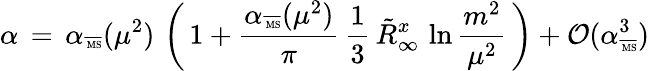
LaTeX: \alpha\, =\, \alpha_{\overline{{{\mathrm{\tiny~MS}}}}}(\mu^{2})\, \left(\, 1+\frac{\alpha_{\overline{{{\mathrm{\tiny~MS}}}}}(\mu^{2})}{\pi}\, \frac{1}{3}\, \tilde{R}_{\infty}^{x}\, \ln\frac{m^{2}}{\mu^{2}}\, \right)+{\cal O}(\alpha_{\overline{{{\mathrm{\tiny~MS}}}}}^{3})